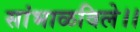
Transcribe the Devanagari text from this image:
सांभाळविले।।